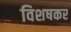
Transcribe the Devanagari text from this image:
विशषकर